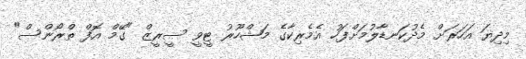
މިދިޔަ އަހަރަށް މެދުކަނޑާލުމަށްފަހު އެމެރިކާގެ މަޝްހޫރު ޓީވީ ސީރީޒް "ގޭމް އޮފް ތްރޯންސް"